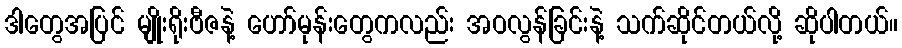
ဒါတွေအပြင် မျိုးရိုးဗီဇနဲ့ ဟော်မုန်းတွေကလည်း အဝလွန်ခြင်းနဲ့ သက်ဆိုင်တယ်လို့ ဆိုပါတယ်။